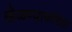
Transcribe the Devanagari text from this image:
खेळण्याकरिता